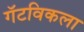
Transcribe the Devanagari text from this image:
गॅटविकला